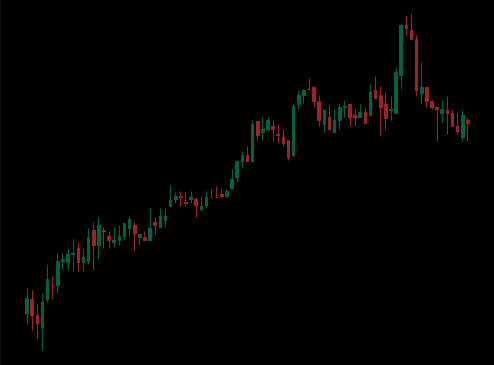
Pattern: bear_flag